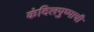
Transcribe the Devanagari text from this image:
कंदिलपुष्पाची